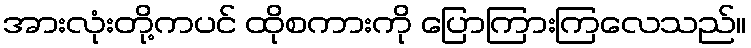
အားလုံးတို့ကပင် ထိုစကားကို ပြောကြားကြလေသည်။